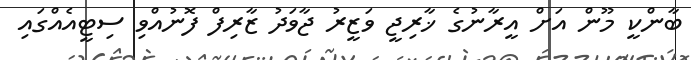
ބާންކީ މޫން އަށް އީރާނުގެ ޚާރިޖީ ވަޒީރު ޖާވަދު ޒާރިފް ފޮނުއްވި ސިޓީއެއްގައި